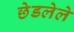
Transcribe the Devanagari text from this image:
छेडलेले